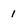
Character: 1